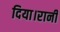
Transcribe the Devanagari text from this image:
दिया।रानी